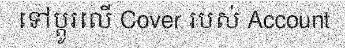
ទៅប្តូរលើ Cover របស់ Account